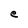
Character: e